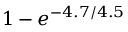
1 - e ^ { - 4 . 7 / 4 . 5 }